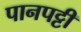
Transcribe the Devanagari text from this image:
पानपट्टी